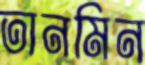
তানমিন